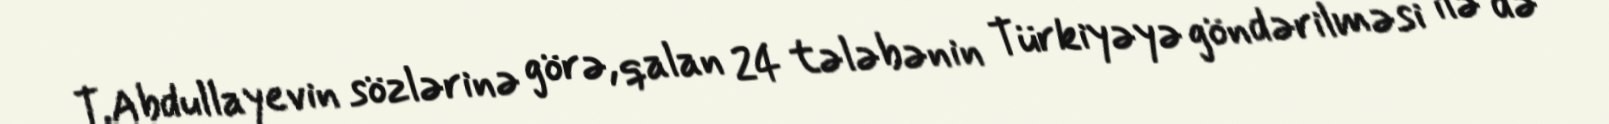
T.Abdullayevin sözlərinə görə, qalan 24 tələbənin Türkiyəyə göndərilməsi ilə də